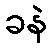
ခနဲ